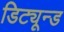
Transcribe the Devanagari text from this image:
डिट्यून्ड